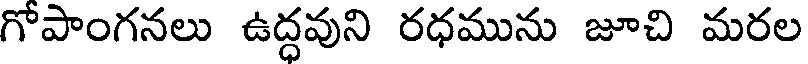
గోపాంగనలు ఉద్ధవుని రధమును జూచి మరల